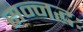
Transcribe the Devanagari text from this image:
सन्नद्धः